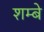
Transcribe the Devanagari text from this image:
शम्बे